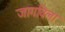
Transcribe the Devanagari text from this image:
जागविला